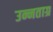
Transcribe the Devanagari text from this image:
उन्नताग्र